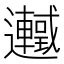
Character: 𬩰